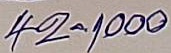
42 - 1000